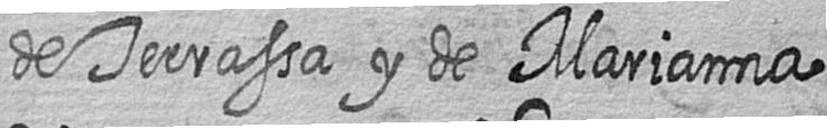
de Terrassa y de Marianna